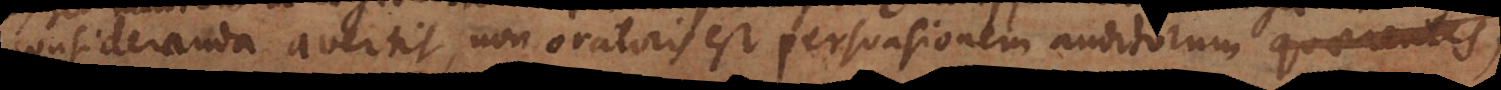
consideranda avertit, non oratoris est persuasionem auditorum quaerentis